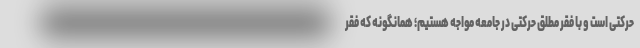
حرکتی است و با فقر مطلق حرکتی در جامعه مواجه هستیم؛ ‌همانگونه که فقر